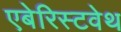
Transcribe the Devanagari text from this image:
एबेरिस्टवेथ